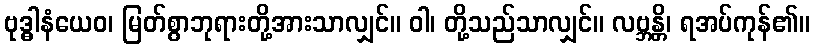
ဗုဒ္ဓါနံယေဝ၊ မြတ်စွာဘုရားတို့အားသာလျှင်။ ဝါ၊ တို့သည်သာလျှင်။ လဗ္ဘန္တိ၊ ရအပ်ကုန်၏။